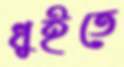
ধুইতে